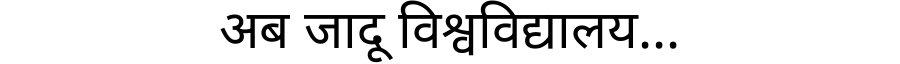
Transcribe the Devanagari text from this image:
अब जादू विश्वविद्यालय...